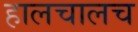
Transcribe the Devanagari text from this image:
हालचालच